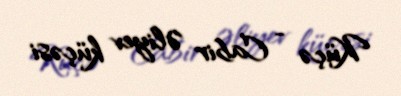
Küçə - Cabir Əliyev küçəsi